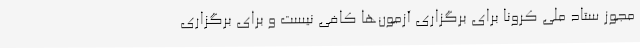
مجوز ستاد ملی کرونا برای برگزاری آزمون‌ها کافی نیست و برای برگزاری